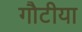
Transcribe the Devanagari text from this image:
गौटीया